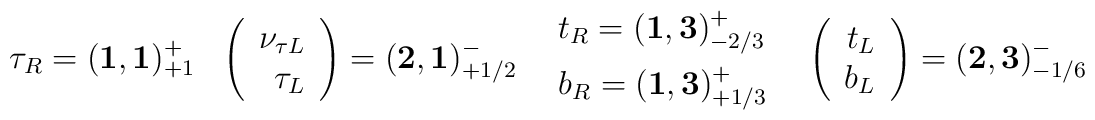
\begin{array}{llll}\ \ \tau_R=({\mathbf 1},{\mathbf 1})_{+1}^+ & \left(\begin{array}{r} \nu_{\tau L}\cr \tau_L \end{array}\right)=                   ({\mathbf 2},{\mathbf 1})_{+1/2}^- &\begin{array}{l}t_R=({\mathbf 1},{\mathbf 3})_{-2/3}^+ \\[2mm]b_R=({\mathbf 1},{\mathbf 3})_{+1/3}^+ \end{array} &\left(\begin{array}{r}  t_L\cr b_L \end{array}\right)=                    ({\mathbf 2},{\mathbf 3})_{-1/6}^-\end{array}